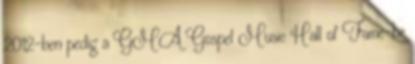
2012-ben pedig a GMA Gospel Music Hall of Fame-be